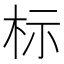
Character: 标